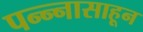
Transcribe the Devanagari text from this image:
पन्‍न्‍नासाहून